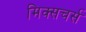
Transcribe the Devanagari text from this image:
मिक्सचर्स